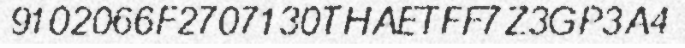
9102066F2707130THAETFF7Z3GP3A4